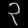
Digit: ၃